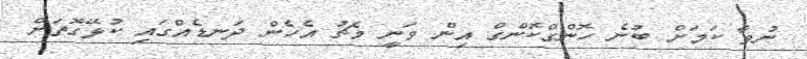
ނުވާ ކަމަށް ބުނެ ހޮންގްކޮންގް އިން ވަނީ މެޗު އެހެން ދަނޑެއްގައި ކުޅޭގޮތަށް